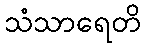
သံသာရေတိ